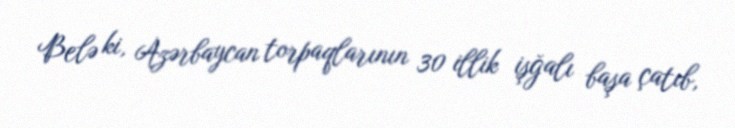
Belə ki, Azərbaycan torpaqlarının 30 illik işğalı başa çatıb,